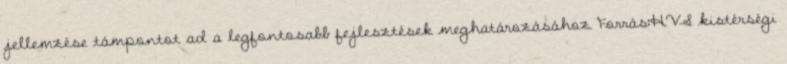
jellemzése támpontot ad a legfontosabb fejlesztések meghatározásához Forrás:HVS kistérségi